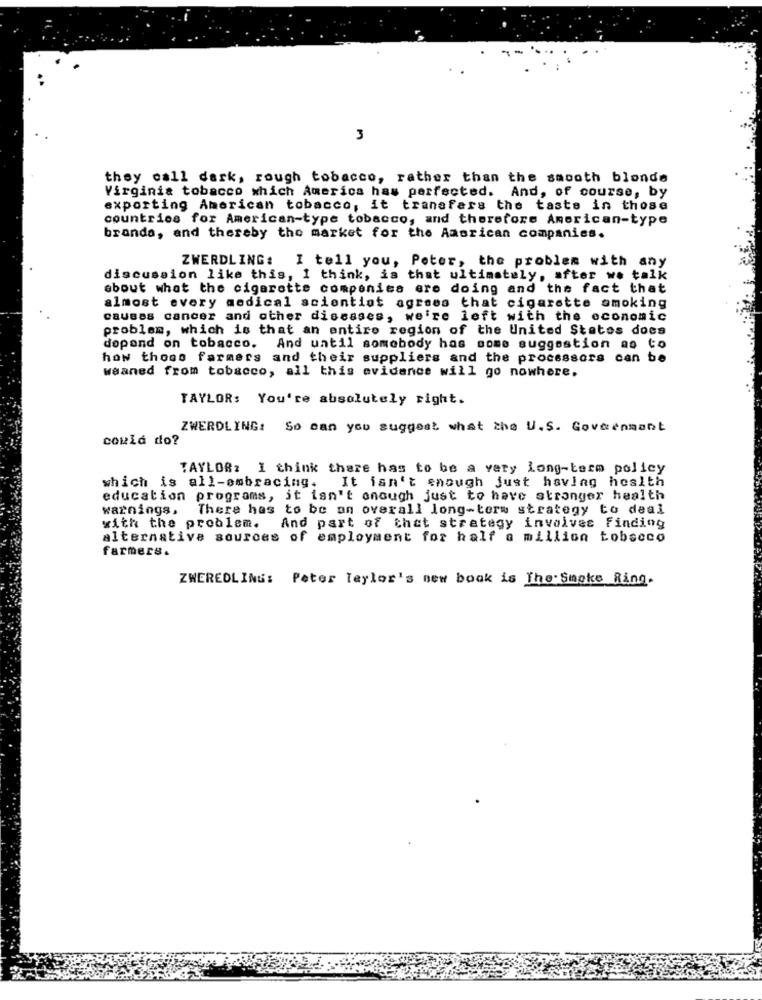
3
they call dark, rough tobacco, rather than the smooth blonde
Virginia tobacco which America has perfected. And, of course, by
exporting American tobacco, it transfers the taste in those
countries for American-type tobacco, and therefore American-type
branda, and thereby the market for the American companies.
ZWERDLING: I tell you, Peter, the problem with any
discussion like this, I think, is that ultimately, after we talk
about what the cigarette companies ere doing and the fact that
almost every medical scientist agrees that cigarette smoking
causes cancer and other diseases, we're left with the economic
problem, which is that an entire region of the United States does
dopond on tobacco.
And until somebody has some suggestion ao to
how those farmers and their suppliers and the processors can be
weaned from tobacco, all this evidence will go nowhere.
TAYLOR: You're absolutely right.
ZWERDLING: So can you suggest what the U.S. Goveenmant
could do?
TAYLOR: I think there has to be a very Long-term policy
which is all-embracing. It isn't enough just having health
education programs, it isn't enough just to have stronger health
warnings,
There has to be an overall long-term strategy to deal
with the problem.
And part of thet strategy involves finding
alternative sources of employment for half a million tobacco
farmers.
ZWEREDLING: Peter Taylor's new book is The Smoke Ring.